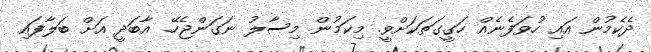
ދެކެމުން އައި ހުވަފެނެއް ހަގީގަތަކަށްވީ. މިކަމުން މިސާލު ނަގަންޖެހޭ. އާބަދީ އަށް ބަލާފައި